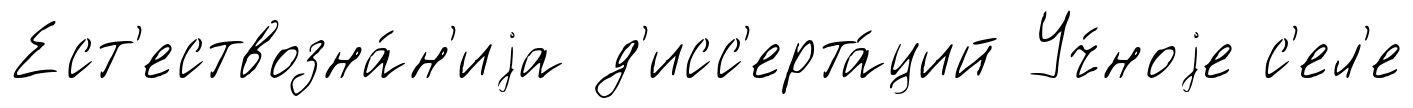
Ест'ествозна́н'иjа д'исс'ерта́ций Уч́ноjе с'ел'е